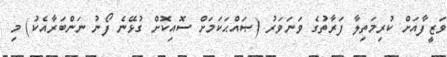
ވަޒީފާއަށް ކުރިމަތިލާ ފަރާތުގެ ވަނަވަރު (ޞައްޙަކަމަށް ސޮއިކޮށް ގުޅޭނެ ފޯނު ނަންބަރާއެކު) މި